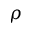
\rho